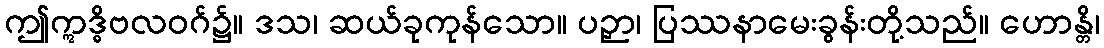
ဤဣဒ္ဓိဗလဝဂ်၌။ ဒသ၊ ဆယ်ခုကုန်သော။ ပဉှာ၊ ပြဿနာမေးခွန်းတို့သည်။ ဟောန္တိ၊